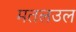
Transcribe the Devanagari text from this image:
मतलउल